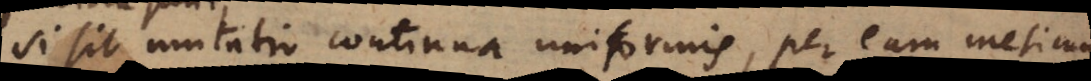
Si sit mutatio continua uniformis, per eam metim